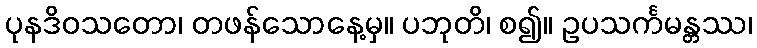
ပုနဒိဝသတော၊ တဖန်သောနေ့မှ။ ပဘုတိ၊ စ၍။ ဥပသင်္ကမန္တဿ၊